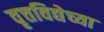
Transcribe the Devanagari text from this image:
वृत्तविद्येच्या